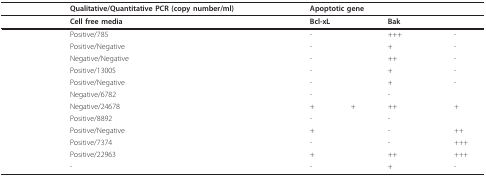
<table><thead><tr><td>[EMPTY_CELL]</td><td><b>Qualitative/Quantitative PCR (copy number/ml)</b></td><td>[EMPTY_CELL]</td><td colspan="5"><b>Apoptotic gene</b></td></tr></thead><tbody><tr><td>[EMPTY_CELL]</td><td><b>Cell free media</b></td><td>[EMPTY_CELL]</td><td><b>Bcl-xL</b></td><td>[EMPTY_CELL]</td><td><b>Bak</b></td><td>[EMPTY_CELL]</td><td>[EMPTY_CELL]</td></tr><tr><td>[EMPTY_CELL]</td><td>Positive/785</td><td>[EMPTY_CELL]</td><td>-</td><td>[EMPTY_CELL]</td><td>+++</td><td>[EMPTY_CELL]</td><td>-</td></tr><tr><td>[EMPTY_CELL]</td><td>Positive/Negative</td><td>[EMPTY_CELL]</td><td>-</td><td>[EMPTY_CELL]</td><td>+</td><td>[EMPTY_CELL]</td><td>-</td></tr><tr><td>[EMPTY_CELL]</td><td>Negative/Negative</td><td>[EMPTY_CELL]</td><td>-</td><td>[EMPTY_CELL]</td><td>++</td><td>[EMPTY_CELL]</td><td>-</td></tr><tr><td>[EMPTY_CELL]</td><td>Positive/13005</td><td>[EMPTY_CELL]</td><td>-</td><td>[EMPTY_CELL]</td><td>+</td><td>[EMPTY_CELL]</td><td>-</td></tr><tr><td>[EMPTY_CELL]</td><td>Positive/Negative</td><td>[EMPTY_CELL]</td><td>-</td><td>[EMPTY_CELL]</td><td>+</td><td>[EMPTY_CELL]</td><td>-</td></tr><tr><td>[EMPTY_CELL]</td><td>Negative/6782</td><td>[EMPTY_CELL]</td><td>-</td><td>[EMPTY_CELL]</td><td>-</td><td>[EMPTY_CELL]</td><td>[EMPTY_CELL]</td></tr><tr><td>[EMPTY_CELL]</td><td>Negative/24678</td><td>[EMPTY_CELL]</td><td>+</td><td>+</td><td>++</td><td>[EMPTY_CELL]</td><td><i>+</i></td></tr><tr><td>[EMPTY_CELL]</td><td>Positive/8892</td><td>[EMPTY_CELL]</td><td>-</td><td>[EMPTY_CELL]</td><td>-</td><td>[EMPTY_CELL]</td><td>[EMPTY_CELL]</td></tr><tr><td>[EMPTY_CELL]</td><td>Positive/Negative</td><td>[EMPTY_CELL]</td><td>+</td><td>[EMPTY_CELL]</td><td>-</td><td>[EMPTY_CELL]</td><td><i>++</i></td></tr><tr><td>[EMPTY_CELL]</td><td>Positive/7374</td><td>[EMPTY_CELL]</td><td>-</td><td>[EMPTY_CELL]</td><td>-</td><td>[EMPTY_CELL]</td><td><i>+++</i></td></tr><tr><td>[EMPTY_CELL]</td><td>Positive/22963</td><td>[EMPTY_CELL]</td><td>+</td><td>[EMPTY_CELL]</td><td>++</td><td>[EMPTY_CELL]</td><td><i>+++</i></td></tr><tr><td>[EMPTY_CELL]</td><td>-</td><td>[EMPTY_CELL]</td><td>-</td><td>[EMPTY_CELL]</td><td>+</td><td>[EMPTY_CELL]</td><td>-</td></tr></tbody></table>